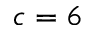
c = 6